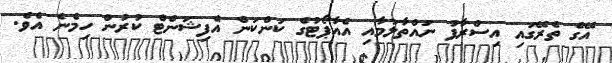
އޭގެ ތެރޭގައި އިސްރާފު ނައްތާލުމާއި އެއާޕޯޓުގެ ކަންކަން އެފިޝަންޓް ކުރުން ހިމެނެ އެވެ.